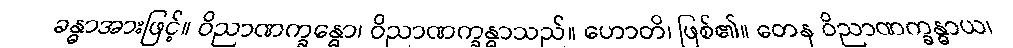
ခန္ဓာအားဖြင့်။ ဝိညာဏက္ခန္ဓော၊ ဝိညာဏက္ခန္ဓာသည်။ ဟောတိ၊ ဖြစ်၏။ တေန ဝိညာဏက္ခန္ဓာယ၊